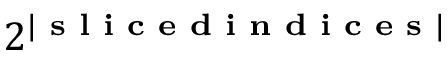
2 ^ { | \textbf { s l i c e d i n d i c e s } | }